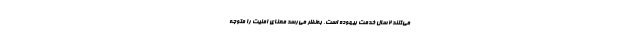
می‌کنند ۲ سال خدمت بیهوده است، به‌نظر می‌رسد معنای امنیت را متوجه